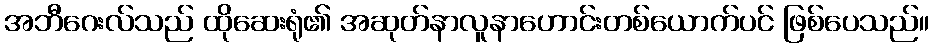
အဘီဂေးလ်သည် ထိုဆေးရုံ၏ အဆုတ်နာလူနာဟောင်းတစ်ယောက်ပင် ဖြစ်ပေသည်။